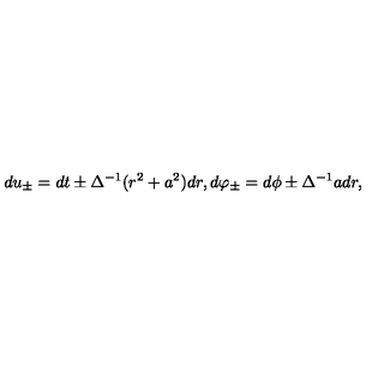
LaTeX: d u _ { \pm } = d t \pm \Delta ^ { - 1 } ( r ^ { 2 } + a ^ { 2 } ) d r , d \varphi _ { \pm } = d \phi \pm \Delta ^ { - 1 } a d r ,